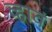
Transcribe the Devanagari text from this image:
व्‍हावं